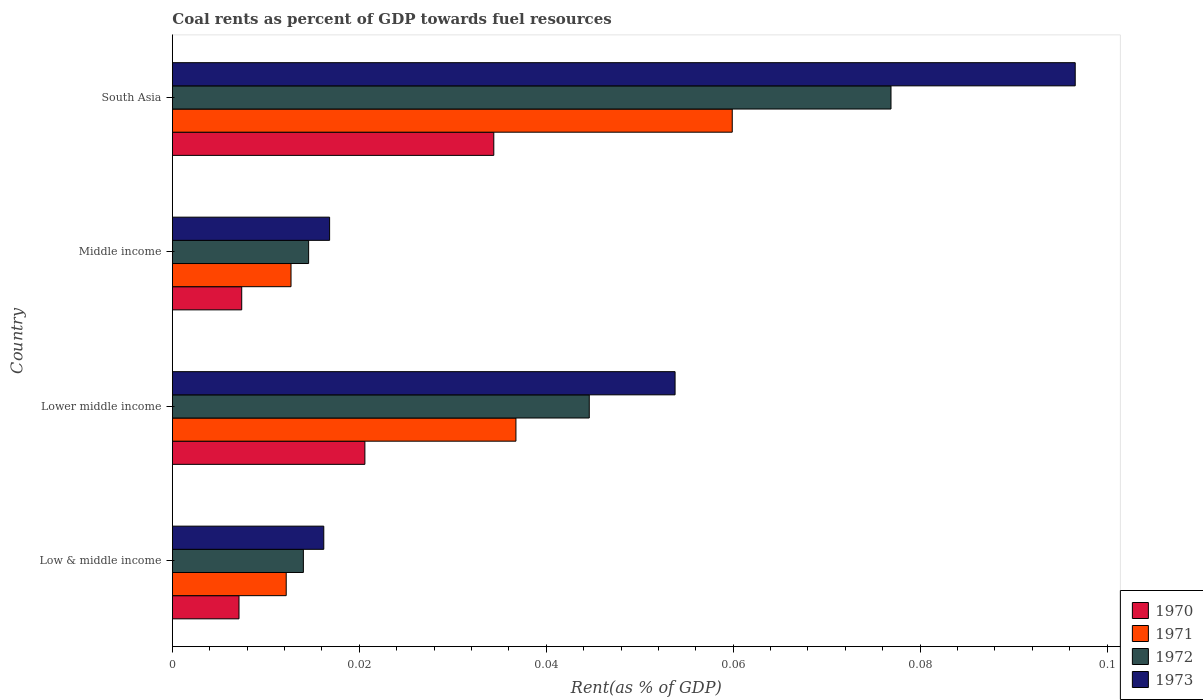
| Country | 1970 | 1971 | 1972 | 1973 |
 | --- | --- | --- | --- | --- |
 | Low & middle income | 0.00713 | 0.0122 | 0.014 | 0.0162 |
 | Lower middle income | 0.0206 | 0.0368 | 0.0446 | 0.0538 |
 | Middle income | 0.00742 | 0.0127 | 0.0146 | 0.0168 |
 | South Asia | 0.0344 | 0.0599 | 0.0769 | 0.0966 |